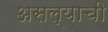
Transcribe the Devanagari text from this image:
असल्‍याची